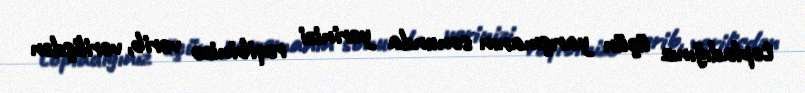
topladığınız üçün yarışmanın sonunda yerinizi rəqibinizə verib, verilişdən